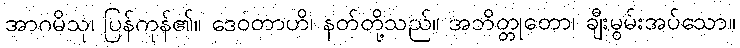
အာဂမိသု၊ ပြန်ကုန်၏။ ဒေဝတာဟိ၊ နတ်တို့သည်။ အဘိတ္တုတော၊ ချီးမွမ်းအပ်သော။